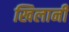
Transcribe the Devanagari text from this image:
खिलानी